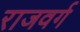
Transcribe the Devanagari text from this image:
राजवर्ग